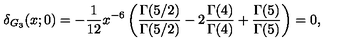
\delta _ { G _ { 3 } } ( x ; 0 ) = - { \frac { 1 } { 1 2 } } { x ^ { - 6 } } \left( { \frac { \Gamma ( 5 / 2 ) } { \Gamma ( 5 / 2 ) } } - 2 { \frac { \Gamma ( 4 ) } { \Gamma ( 4 ) } } + { \frac { \Gamma ( 5 ) } { \Gamma ( 5 ) } } \right) = 0 ,